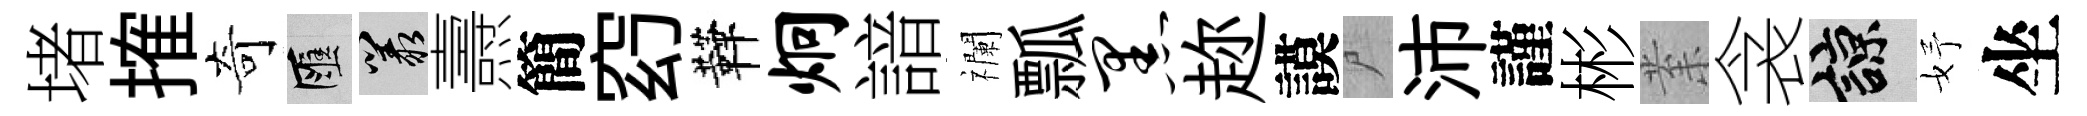
堵搉奇匯叢燾簡𥥆鞾炯諳襴瓢黑趂謨尸沛謹彬𭪙衾諒妤坐